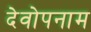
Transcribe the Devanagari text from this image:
देवोपनाम